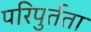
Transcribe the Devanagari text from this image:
परिपुर्तता